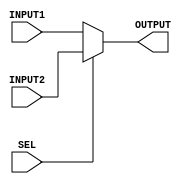
`timescale 1ns / 1ps
//////////////////////////////////////////////////////////////////////////////////
// Company: 
// Engineer: 
// 
// Design Name: 
// Module Name:    Mux 
// Project Name: 
// Target Devices: 
// Tool versions: 
// Description: 
//
// Dependencies: 
//
// Revision: 
// Revision 0.01 - File Created
// Additional Comments: 
//
//////////////////////////////////////////////////////////////////////////////////
module Mux_5(SEL, INPUT1, INPUT2, OUTPUT);
    input SEL;
	 input [4:0] INPUT1;
	 input [4:0] INPUT2;
	 output [4:0] OUTPUT;
	 assign OUTPUT = (SEL) ? INPUT2 : INPUT1;
endmodule

module Mux_32(SEL, INPUT1, INPUT2, OUTPUT);
    input SEL;
	 input [31:0] INPUT1;
	 input [31:0] INPUT2;
	 output [31:0] OUTPUT;
	 assign OUTPUT = (SEL) ? INPUT2 : INPUT1;
endmodule